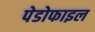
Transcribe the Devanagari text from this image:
पेडोफाइल